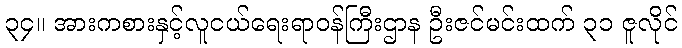
၃၄။ အားကစားနှင့်လူငယ်ရေးရာဝန်ကြီးဌာန ဦးဇင်မင်းထက် ၃၁ ဇူလိုင်